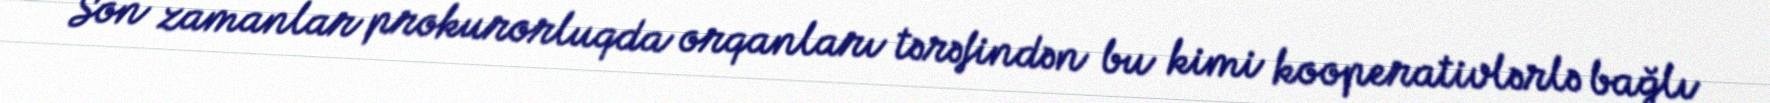
Son zamanlar prokurorluqda orqanları tərəfindən bu kimi kooperativlərlə bağlı